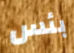
بئس